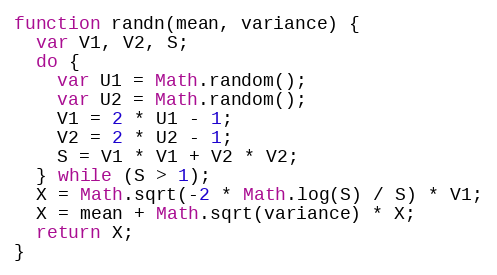
Language: JavaScript
function randn(mean, variance) {
  var V1, V2, S;
  do {
    var U1 = Math.random();
    var U2 = Math.random();
    V1 = 2 * U1 - 1;
    V2 = 2 * U2 - 1;
    S = V1 * V1 + V2 * V2;
  } while (S > 1);
  X = Math.sqrt(-2 * Math.log(S) / S) * V1;
  X = mean + Math.sqrt(variance) * X;
  return X;
}